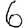
Digit: 6